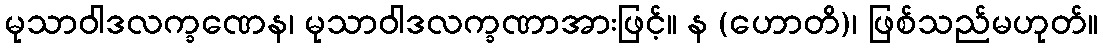
မုသာဝါဒလက္ခဏေန၊ မုသာဝါဒလက္ခဏာအားဖြင့်။ န (ဟောတိ)၊ ဖြစ်သည်မဟုတ်။